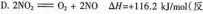
D.$$2 N O _ { 2 } = 0 _ { 2 } + 2 N O$$ $$△ H = + 1 1 6 . 2 k J / m o l$$(反